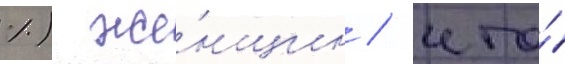
%) же́нщин / что́